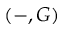
( - , G )